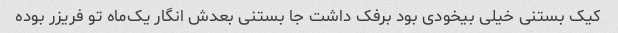
کیک بستنی خیلی بیخودی بود برفک داشت جا بستنی بعدش انگار یک‌ماه تو فریزر بوده